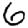
Digit: 6